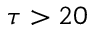
\tau > 2 0